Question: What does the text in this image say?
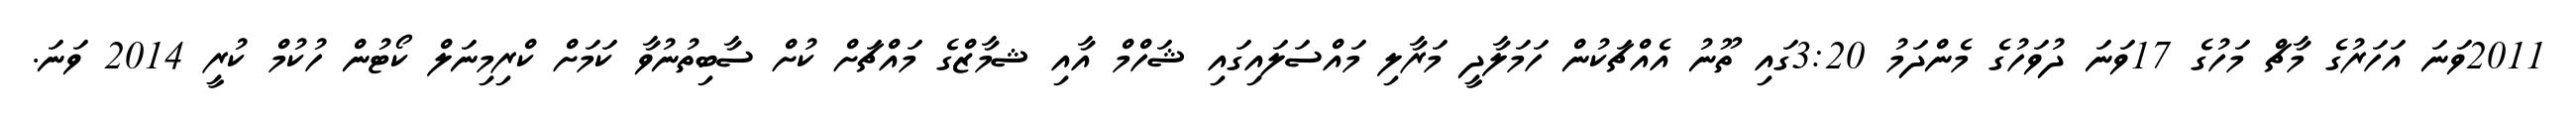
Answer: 2011ވަނަ އަހަރުގެ މާޗް މަހުގެ 17ވަނަ ދުވަހުގެ މެންދަމު 3:20ގައި ތޫނު އެއްޗަކުން ހަމަލާދީ މަރާލި މައްސަލައިގައި ޝަހްމް އާއި ޝމާޒްގެ މައްޗަށް ކުށް ސާބިތުނުވާ ކަމަށް ކްރިމިނަލް ކޯޓުން ހުކުމް ކުރީ 2014 ވަނަ.